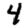
Digit: 4